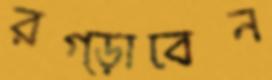
রগ্‌ড়াবেন